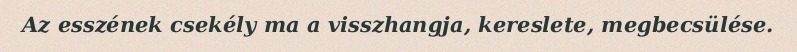
Az esszének csekély ma a visszhangja, kereslete, megbecsülése.